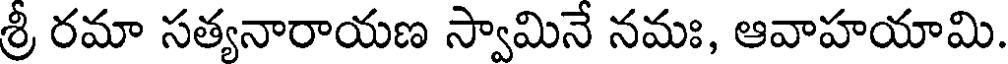
శ్రీ రమా సత్యనారాయణ స్వామినే నమః, ఆవాహయామి.